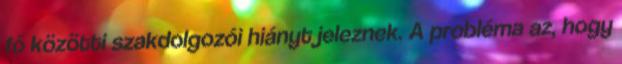
fő közötti szakdolgozói hiányt jeleznek. A probléma az, hogy